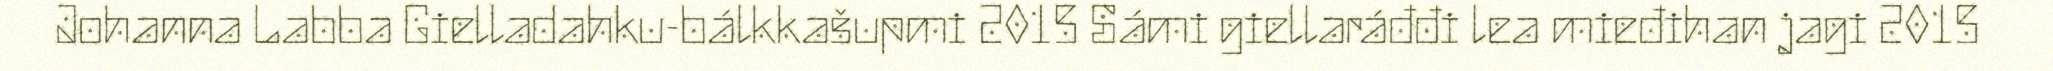
Johanna Labba Gielladahku-bálkkašupmi 2015 Sámi giellaráđđi lea mieđihan jagi 2015